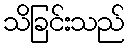
သိခြင်းသည်